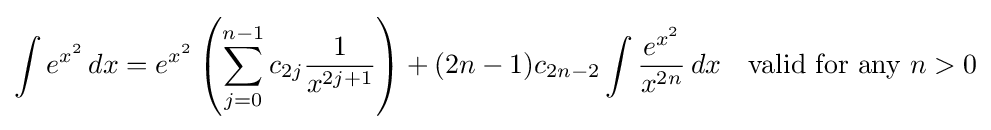
\int e^{x^{2}}\,dx=e^{x^{2}}\left(\sum _{j=0}^{n-1}c_{2j}{\frac {1}{x^{2j+1}}}\right)+(2n-1)c_{2n-2}\int {\frac {e^{x^{2}}}{x^{2n}}}\,dx\quad {\text{valid for any }}n>0